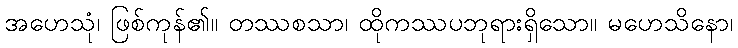
အဟေသုံ၊ ဖြစ်ကုန်၏။ တဿစသာ၊ ထိုကဿပဘုရားရှိသော။ မဟေသိနော၊